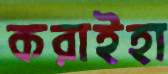
করাইহা